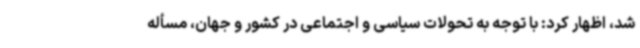
شد، اظهار کرد: با توجه به تحولات سیاسی و اجتماعی در کشور و جهان، مسأله